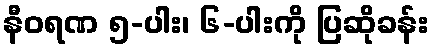
နီဝရဏ ၅-ပါး၊ ၆-ပါးကို ပြဆိုခန်း